Medical and sanitary report of the native army of Madras for the year
Year: 1876
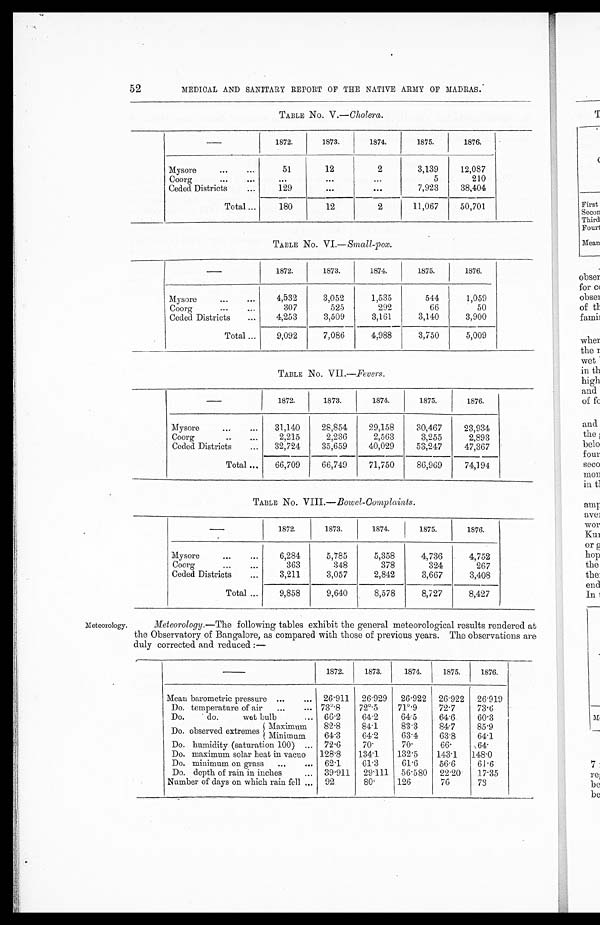
52
MEDICAL AND SANITARY REPORT OF THE NATIVE ARMY OF MADRAS.
TABLE No. V.—Cholera.
—
1872.
1873.
1874.
1875.
1876.
Mysore
...
...
51
12
2
3,139
12,087
Coorg ...
...
...
...
. . .
5
210
Ceded Districts
...
129
. . .
. . .
7,923
38,404
Total ...
180
12
2
11,067
50,701
TABLE No. VI.—Small-pox.
—
1872.
1873.
1874.
1875.
1876.
Mysore
...
. . .
4,532
3,052
1,535
544
1,059
Coorg
...
...
307
525
292
66
50
Ceded Districts
...
4,253
3,509
3,161
3,140
3,900
Total ...
9,092
7,086
4,988
3,750
5,009
TABLE No. VII.—Fevers.
—
1872.
1873.
1874.
1875.
1876.
Mysore
...
. . .
31,140
28,854
29,158
30,467
23,934
Coorg
..
...
2,215
2 , 2 3 6
2,563
3,255
2,893
Ceded Districts
...
32,724
35,659
40,029
53,247
47,367
Total ...
66,709
66,749
71,750
86,969
74,194
TABLE No. VIII.—Bowel-Complaints.
—
1872.
1873.
1874.
1875.
1876.
Mysore
...
...
6,284
5,785
5,358
4,736
4,752
Coorg
363
348
378
324
267
Ceded Districts
...
3,211
3,057
2,842
3,667
3,408
Total ...
9,858
9,640
8,578
8,727
8,427
Meteorology. Meteorology.—The following tables exhibit the general meteorological results rendered at
the Observatory of Bangalore, as compared with those of previous years. The observations are
duly corrected and reduced :—
— 1872.
1873.
1874.
1875.
1876.
Mean barometric pressure ...
... 26.911 26.929
26.922 26.922 26.919
Do. temperature of air
...
. . . 73°.8
72°.5
71°.9
72.7
73.6
Do.
do.
wet bulb
... 66.2
64.2
64.5
64.6
60.3
Do. observed extremes Maximum
82.8
84.1
83.3
84.7
85.9
Minimum
64.3
64.2
63.4
63.8
64.1
Do. humidity (saturation 100) ... 72.6
70.
70.
66.
64.
Do. maximum solar heat in vacuo
128.8
134.1
132.5
143.1
148.0
Do. minimum on grass
...
... 62.1
61.3
61.6
56.6
61.6
Do. depth of rain in inches
. . . 39.911 29.111 56.580 22.20
17.35
Number of days on which rain fell ... 92
80.
126
76
73